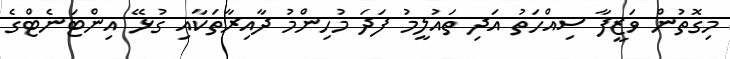
މިގޮތުން ވަޒީފާ ސިއްހަތު އަދި ތައުލީމު ފަދަ މުހިންމު ދާއިރާތަކާއި ގުޅޭ އިންޓަނެޓްގެ